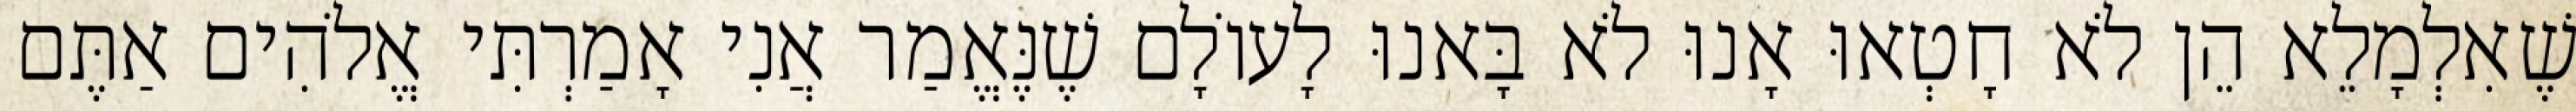
שֶׁאִלְמָלֵא הֵן לֹא חָטְאוּ אָנוּ לֹא בָּאנוּ לָעוֹלָם שֶׁנֶּאֱמַר אֲנִי אָמַרְתִּי אֱלֹהִים אַתֶּם